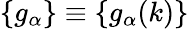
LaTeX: \{ g_{\alpha}\} \equiv\{ g_{\alpha}(k)\}